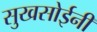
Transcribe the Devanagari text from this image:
सुखसोईनी